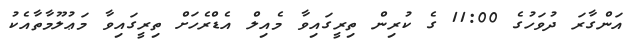
އަންގާރަ ދުވަހުގެ 11:00 ގެ ކުރިން ތިރީގައިވާ މެއިލް އެޑްރެހަށް ތިރީގައިވާ މަޢުލޫމާތާއެކު